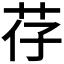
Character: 𫇱